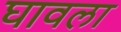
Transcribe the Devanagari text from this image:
घावला